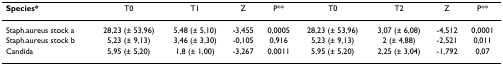
<table><thead><tr><td><b>Species*</b></td><td><b>T0</b></td><td><b>T1</b></td><td><b>Z</b></td><td><b>P**</b></td><td><b>T0</b></td><td><b>T2</b></td><td><b>Z</b></td><td><b>P**</b></td></tr></thead><tbody><tr><td>Staph.aureus stock a</td><td>28,23 (± 53,96)</td><td>5,48 (± 5,10)</td><td>-3,455</td><td>0,0005</td><td>28,23 (± 53,96)</td><td>3,07 (± 6,08)</td><td>-4,512</td><td>0,0001</td></tr><tr><td>Staph.aureus stock b</td><td>5,23 (± 9,13)</td><td>3,46 (± 3,30)</td><td>-0,105</td><td>0,916</td><td>5,23 (± 9,13)</td><td>2 (± 4,88)</td><td>-2,521</td><td>0,011</td></tr><tr><td>Candida</td><td>5,95 (± 5,20)</td><td>1,8 (± 1,00)</td><td>-3,267</td><td>0,0011</td><td>5,95 (± 5,20)</td><td>2,25 (± 3,04)</td><td>-1,792</td><td>0,07</td></tr></tbody></table>